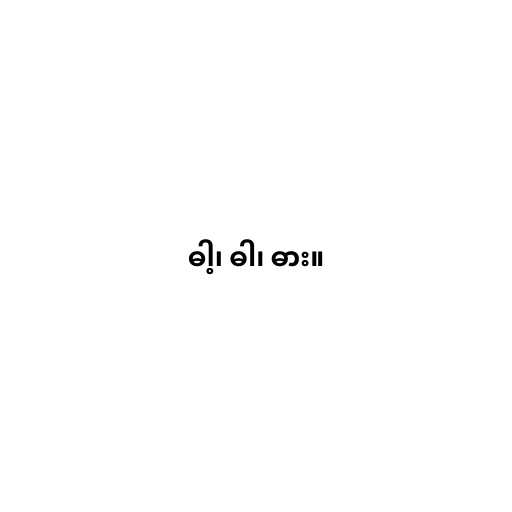
ဓါ့၊ ဓါ၊ ဓား။